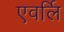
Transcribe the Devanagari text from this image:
एवर्लि